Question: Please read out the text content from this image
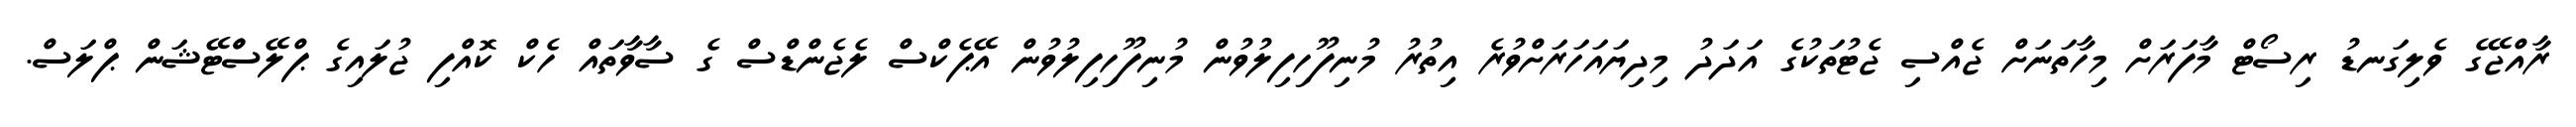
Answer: ރާއްޖޭގެ ވެލިގަނޑު ރިސޯޓް މާފަރަށް މިހާތަނަށް ޖެއްސި ޖެޓުތަކުގެ އަދަދު މިދިޔައަހަރަށްވުރެ އިތުރު މުނިފޫހިފިލުވުން މުނިފޫހިފިލުވުން އޭޕެކްސް ލެޖެންޑްސް ގެ ސާވާތައް ހެކް ކޮއްފި ޖުލައިގެ ޕްލޭސްްޓޭޝަން ޕްލަސް.